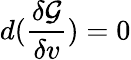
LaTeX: d(\frac{\delta\mathcal{G}}{\delta v})=0